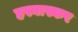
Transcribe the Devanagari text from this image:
हस्यास्कर